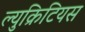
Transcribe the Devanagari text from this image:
ल्युक्रिटियस